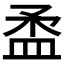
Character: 𥁪